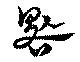
泉